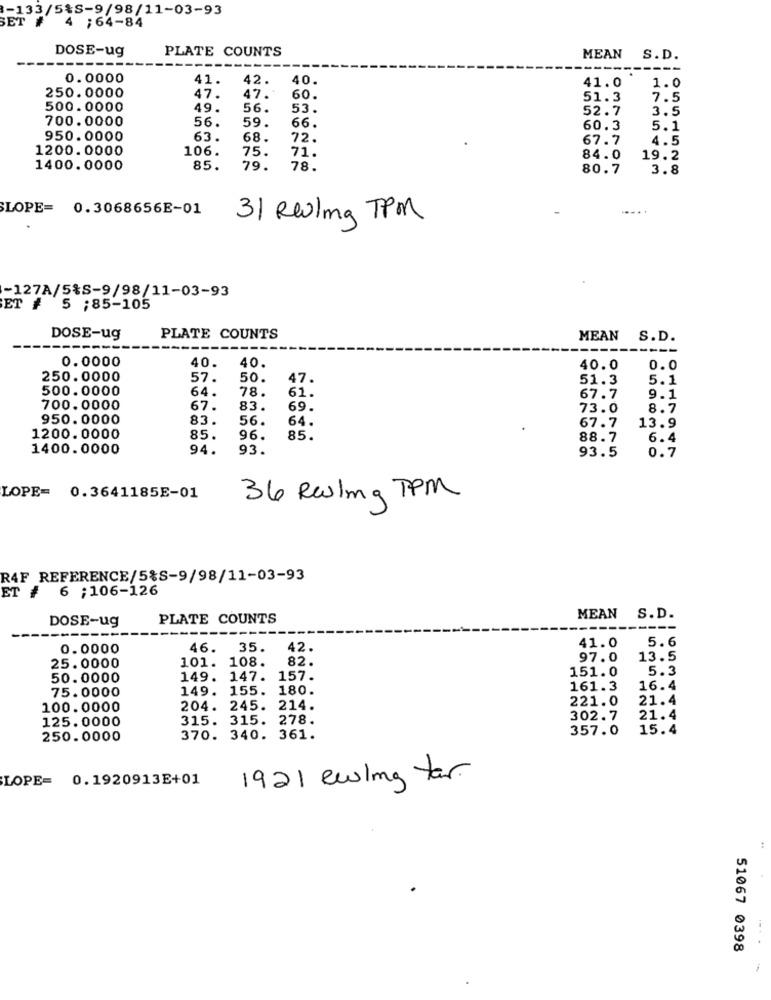
-133/5%S-9/98/11-03-93
ET # 4 ;64-84
DOSE-ug
PLATE COUNTS
MEAN S.D.
0.0000
41.
42.
40.
41.0
250.0000
1.0
47.
47.
60.
51.3
7.5
500.0000
49.
56.
53.
52.7
3.5
700.0000
56.
59.
66.
60.3
5.1
950.0000
63.
68.
72.
67.7
4.5
1200.0000
106.
75.
71.
84.0
19.2
1400.0000
85.
79.
78.
80.7
3.8
SLOPE= 0.3068656E-01
31 Reeling TPM
-127A/5%S-9/98/11-03-93
ET # 5 ;85-105
DOSE-ug
PLATE COUNTS
MEAN S.D.
0.0000
40.
40
40.0
0.0
250.0000
57.
50.
47
51.3
5.1
500.0000
64.
78.
61.
67.7
9.1
700.0000
67.
83.
69.
73.0
8.7
950.0000
83.
56.
64.
67.7
13.9
1200.0000
85.
96.
85.
88.7
6.4
1400.0000
94.
93.
93.5
0.7
LOPE= 0.3641185E-01
36 Reling TPM
R4F REFERENCE/5%S-9/98/11-03-93
ET # 6 ;106-126
DOSE-ug
PLATE COUNTS
MEAN S.D.
5.6
0.0000
46.
35.
42.
41.0
101. 108.
82.
97.0
13.5
25.0000
151.0
5.3
50.0000
149. 147. 157.
75.0000
149. 155. 180.
161.3
16.4
221.0
21.4
100.0000
204. 245. 214.
125.0000
315. 315. 278.
302.7
21.4
357.0
15.4
250.0000
370. 340. 361.
LOPE= 0.1920913E+01
1921 ewling tar
51067 0398
--